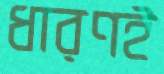
ধারণই